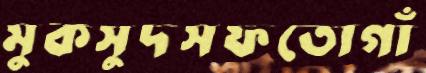
মুকসুদসফতোগাঁ